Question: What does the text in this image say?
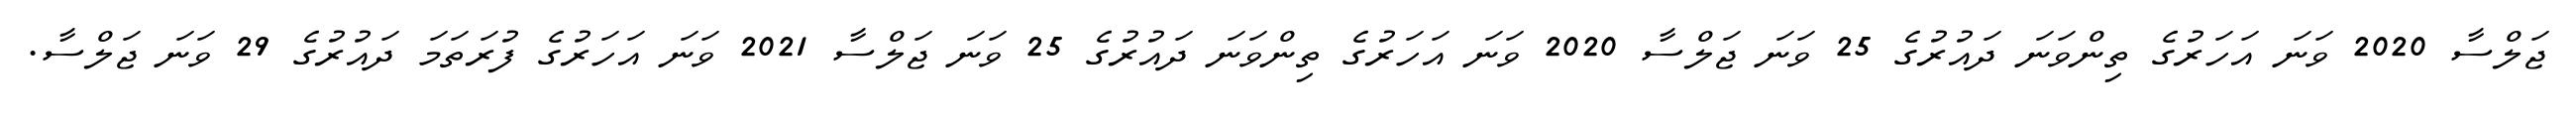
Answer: ޖަލްސާ 2020 ވަނަ އަހަރުގެ ތިންވަނަ ދައުރުގެ 25 ވަނަ ޖަލްސާ 2020 ވަނަ އަހަރުގެ ތިންވަނަ ދައުރުގެ 25 ވަނަ ޖަލްސާ 2021 ވަނަ އަހަރުގެ ފުރަތަމަ ދައުރުގެ 29 ވަނަ ޖަލްސާ.